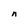
Character: n